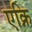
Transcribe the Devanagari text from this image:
एक्नि